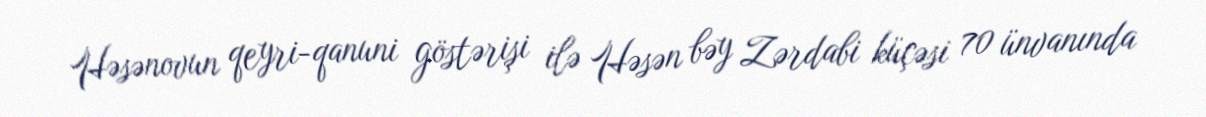
Həsənovun qeyri-qanuni göstərişi ilə Həsən bəy Zərdabi küçəsi 70 ünvanında